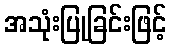
အသုံးပြုခြင်းဖြင့်